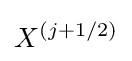
X^{(j+1/2)}